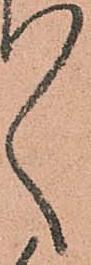
々